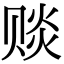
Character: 赕